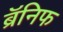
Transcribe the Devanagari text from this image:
ब्रॅनिफ